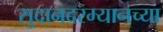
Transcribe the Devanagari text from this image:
सुदानदरम्यानच्या